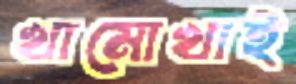
খামোখাই